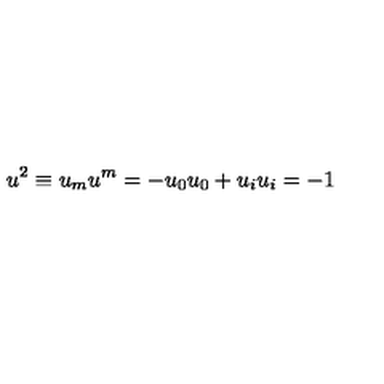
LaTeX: u ^ { 2 } \equiv u _ { m } u ^ { m } = - u _ { 0 } u _ { 0 } + u _ { i } u _ { i } = - 1